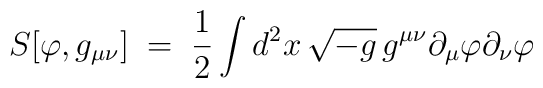
S[\varphi ,  g_{\mu\nu}]\;=\; \frac{1}{2} \int d^2 x  \, \sqrt{-g} \,g^{\mu\nu} \partial_\mu \varphi \partial_\nu \varphi